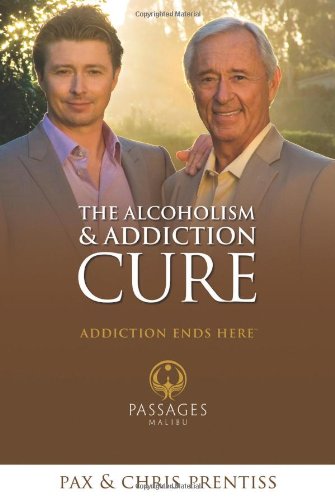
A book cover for The Alcoholism and Addiction Cure: A Holistic Approach to Total Recovery; Chris Prentiss; Health, Fitness & Dieting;